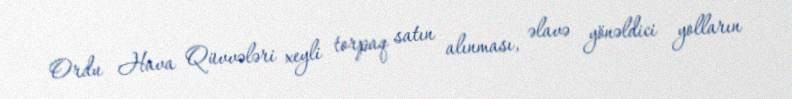
Ordu Hava Qüvvələri xeyli torpaq satın alınması, əlavə yönəldici yolların